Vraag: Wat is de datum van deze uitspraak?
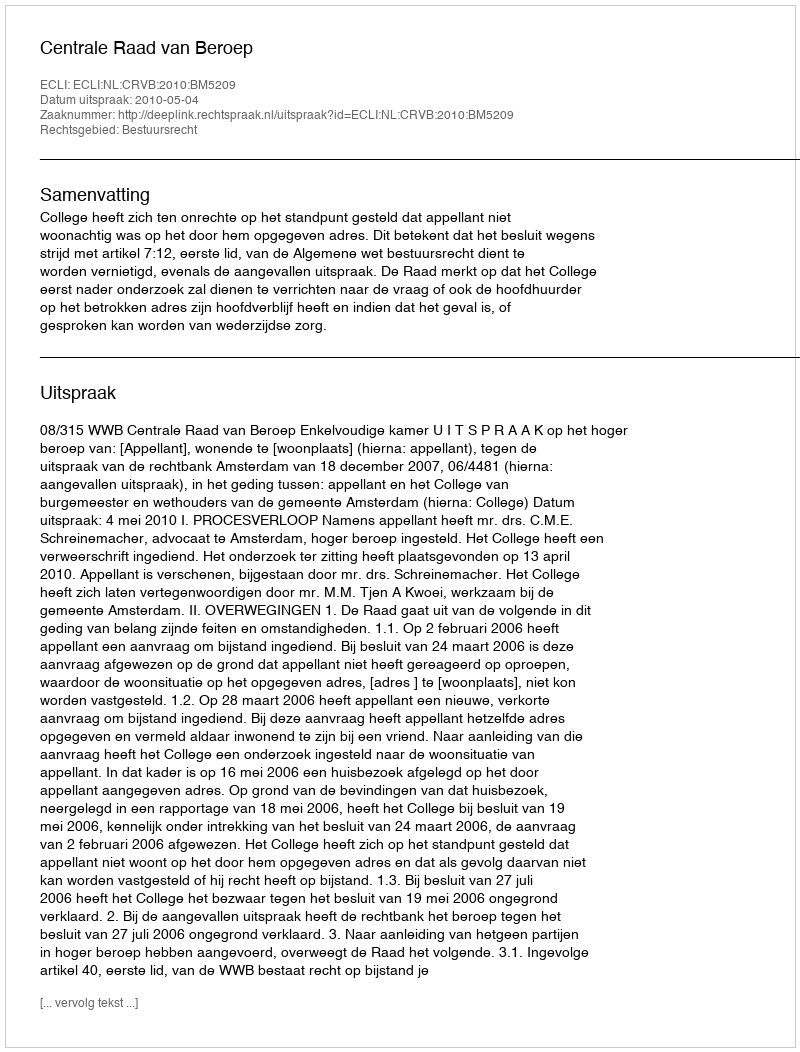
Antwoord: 2010-05-04